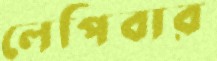
লেপিবার